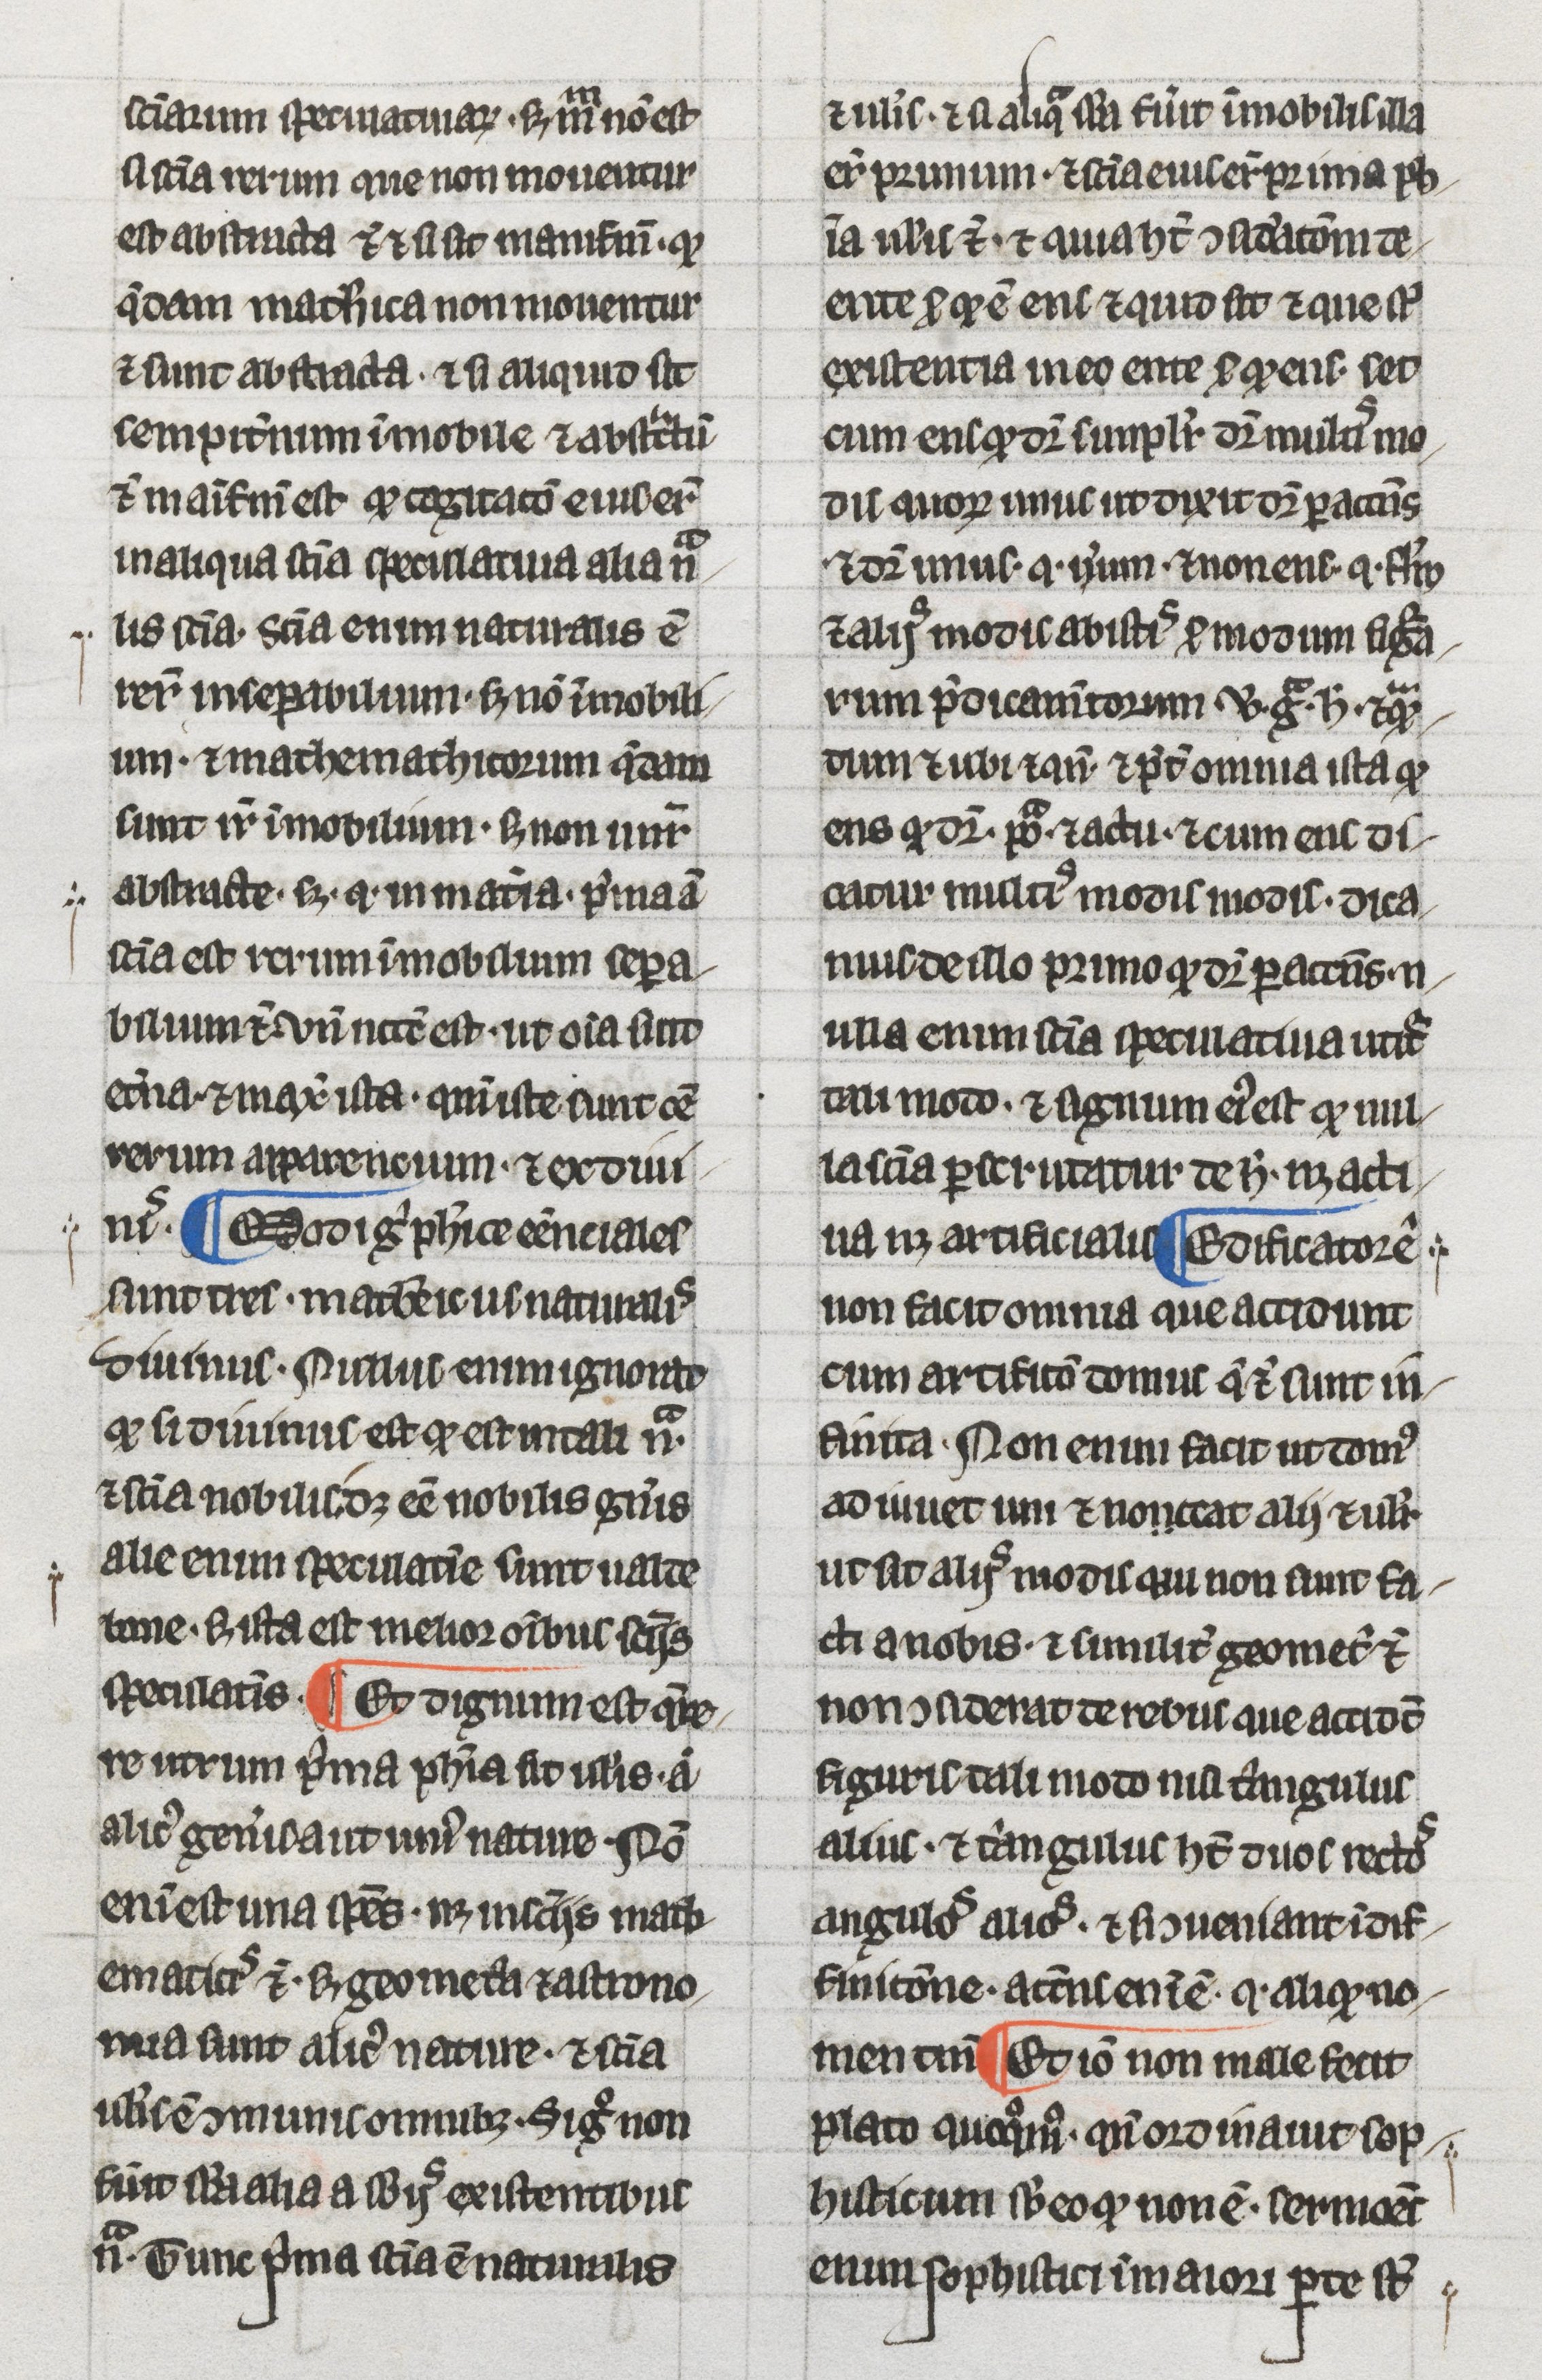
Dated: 1275–1299